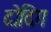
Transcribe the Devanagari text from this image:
दोदिग